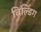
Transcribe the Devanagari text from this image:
बिल्‍डिंग